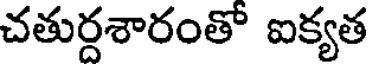
చతుర్దశారంతో ఐక్యత